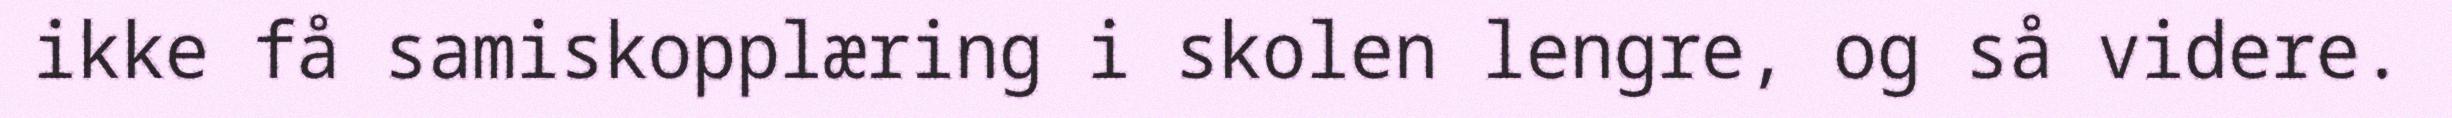
ikke få samiskopplæring i skolen lengre, og så videre.